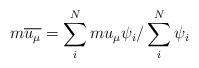
\begin{align*}m\overline{u_\mu }=\sum\limits_i^Nmu_\mu \psi _i/\sum\limits_i^N\psi _i\quad\end{align*}